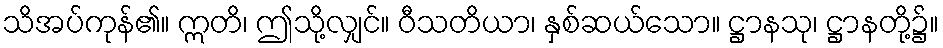
သိအပ်ကုန်၏။ ဣတိ၊ ဤသို့လျှင်။ ဝီသတိယာ၊ နှစ်ဆယ်သော။ ဋ္ဌာနသု၊ ဋ္ဌာနတို့၌။